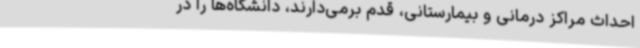
احداث مراکز درمانی و بیمارستانی، قدم برمی‌دارند، دانشگاه‌ها را در